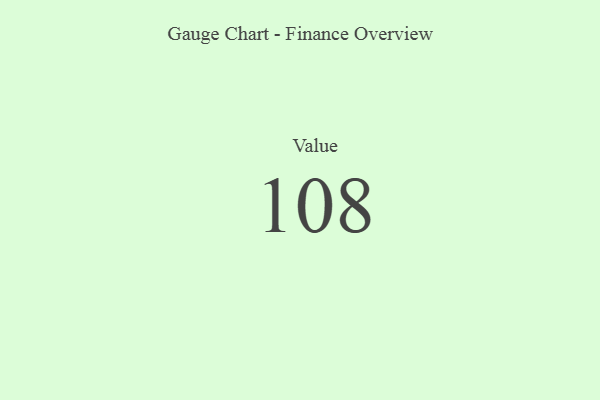
{"axis": {"x": "Metric", "y": "Value"}, "legend": [""], "data": [{"x": "Value", "y": 108, "type": ""}]}